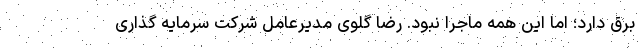
برق دارد؛ اما این همه ماجرا نبود. رضا گلوی مدیرعامل شرکت سرمایه گذاری